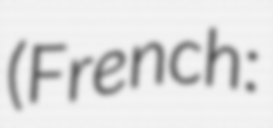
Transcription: (French: